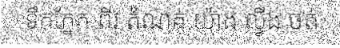
ទឹកភ្នែក ពីរ តំណក់ យ៉ាង ល្វីង ចត់